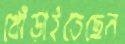
খোঁড়াইতেছেন